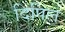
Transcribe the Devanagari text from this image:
दिपिल